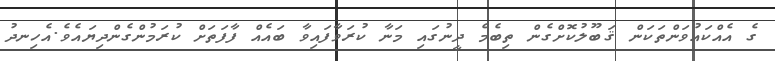
ގެ އެއްކައުވަންތަކަން ޤަބޫލުކޮށްގެން ތިބެމެ ދީނުގައި މަނާ ކުރަވާފައިވާ ބައެއް ފާފަތަށް ކުރަމުންގެންދިޔައެވެ.އެހިނދު